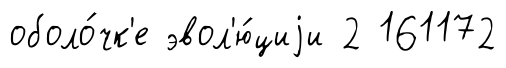
оболо́чк'е эвол'ю́циjи 2 161172